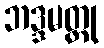
ဘဒ္ဒမတ္ထု